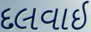
દલવાઇ